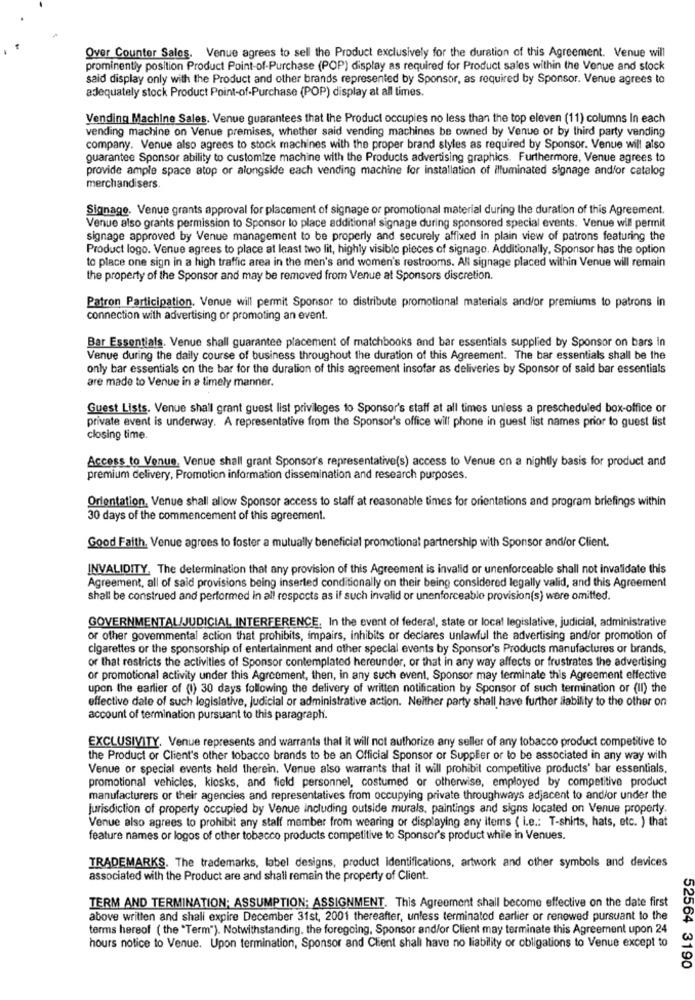
Over Counter Sales. Venue agrees to sell the Product exclusively for the duration of this Agreement. Venue will
prominentiy position Product Point-of-Purchase (POP) display as required for Product sales within the Venue and stock
said display only with the Product and other brands represented by Sponsor, as required by Sponsor. Venue agrees to
adequately stock Product Point-of-Purchase (POP) display at all times.
Vending Machine Sales. Venue guarantees that the Product occupies no less than the top eleven (11) columns In each
vending machine on Venue premises, whether said vending machines be owned by Venue or by third party vending
company. Venue also agrees to stock machines with the proper brand styles as required by Sponsor. Venue will also
guarantee Sponsor ability to customize machine with the Products advertising graphics. Furthermore, Venue agrees to
provide ample space atop or alongside each vending machine for installation of illuminated signage andfor catalog
merchandisers.
Signage. Venue grants approval for placement of signage or promotional material during the duration of this Agreement.
Venue also grants permission to Sponsor lo place additional signage during sponsored special events. Venue will permit
signage approved by Venue management to be properly and securely affixed in plain view of patrons featuring the
Product logo. Venue agrees to place at least two lit, highly visible pieces of signage. Additionally, Sponsor has the option
to place one sign in a high traffic area in the men's and women's restrooms. All signage placed within Venue will remain
the property of the Sponsor and may be removed from Venue at Sponsors discretion.
Patron Participation. Venue will permit Sponsor to distribute promotional materials and/or premiums to patrons in
connection with advertising or promoting an event.
Bar Essentials. Venue shall guarantee placement of matchbooks and bar essentials supplied by Sponsor on bars in
Venue during the daily course of business throughout the duration of this Agreement. The bar essentials shall be the
only bar essentials on the bar for the duration of this agreement insofar as deliveries by Sponsor of said bar essentials
are made to Venue in a timely manner.
Guest Lists. Venue shall grant guest list privileges to Sponsor's staff at all times unless a prescheduled box-office or
private event is underway. A representative from the Sponsor's office will phone in guest list names prior to guest list
closing time.
Access to Venue, Venue shall grant Sponsor's representative(s) access to Venue on a nightly basis for product and
premium delivery, Promotion information dissemination and research purposes.
Orientation. Venue shall allow Sponsor access to staff at reasonable times for orientations and program briefings within
30 days of the commencement of this agreement.
Good Faith, Venue agrees to foster a mutually beneficial promotional partnership with Sponsor and/or Client.
INVALIDITY, The determination that any provision of this Agreement is invalid or unenforceable shall not invalidate this
Agreement, all of said provisions being inserted conditionally on their being considered legally valid, and this Agreement
shall be construed and performed in all respects as if such invalid or unenforceable provision(s) were omitted.
GOVERNMENTAL/JUDICIAL INTERFERENCE, In the event of federal, state or local legislative, judicial, administrative
or other govemmental action that prohibits, impairs, inhibits or declares unlawful the advertising and/or promotion of
cigarettes or the sponsorship of entertainment and other special events by Sponsor's Products manufactures or brands,
or that restricts the activities of Sponsor contemplated hereunder, or that in any way affects or frustrates the advertising
or promotional activity under this Agreement, then, in any such event, Sponsor may terminate this Agreement effective
upon the earlier of (1) 30 days following the delivery of written notification by Sponsor of such termination or (II) the
effective date of such legislative, judicial or administrative action. Neither party shall have further liability to the other on
account of termination pursuant to this paragraph.
EXCLUSIVITY. Venue represents and warrants that it will not authorize any seller of any tobacco product competitive to
the Product or Client's other tobacco brands to be an Official Sponsor or Supper or to be associated in any way with
Venue or special events held therein. Venue also warrants that it will prohibit competitive products' bar essentials,
promotional vehicles, kiosks, and field personnel, costumed or otherwise, employed by competitive product
manufacturers or their agencies and representatives from occupying private throughways adjacent to and/or under the
jurisdiction of property occupied by Venue including outside murals, paintings and signs located on Venue property.
Venue also agrees to prohibit any staff member from wearing or displaying any items ( i.e .: T-shirts, hats, etc. ) that
feature names or logos of other tobacco products competitive to Sponsor's product while in Venues.
TRADEMARKS. The trademarks, label designs, product identifications, artwork and other symbols and devices
associated with the Product are and shall remain the property of Client.
TERM AND TERMINATION; ASSUMPTION; ASSIGNMENT. This Agreement shall become effective on the date first
above written and shall expire December 31st, 2001 thereafter, unless terminated earlier or renewed pursuant to the
terms hereof ( the "Term"). Notwithstanding, the foregoing, Sponsor and/or Client may terminate this Agreement upon 24
hours notice to Venue. Upon termination, Sponsor and Client shall have no liability or obligations to Venue except to
52564 3190